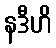
နဒီဟိ